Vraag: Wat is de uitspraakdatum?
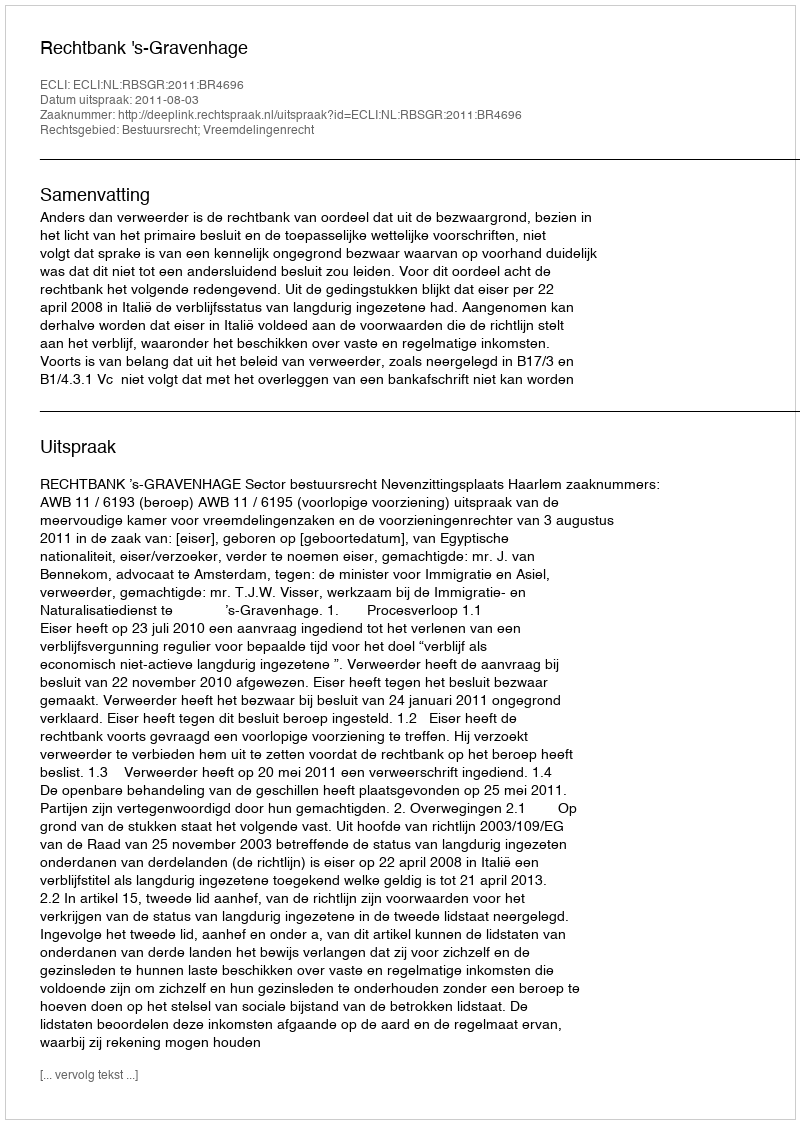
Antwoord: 2011-08-03